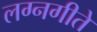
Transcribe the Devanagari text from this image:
लग्नगीते